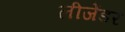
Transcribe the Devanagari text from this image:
लीजेंडर